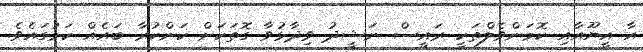
އާ އީޔޫއާއި ކޮމަންވެލްތަކީ ރައީސް ނަޝީދު ވިދާޅުވާ ގޮތަކަށް ކަންކުރާ ބައެއް ކަމުގައެވެ.